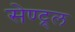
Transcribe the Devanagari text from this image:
सेण्ट्र्ल